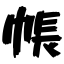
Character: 帳